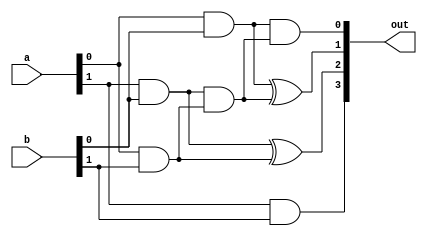
//feito por Murilo Xavier e Gustavo Zanella;

module mult2Bit(
	input [0:1] a, b,
	output [0:3] out
);

assign out[0] = a[0] & b[0];
assign out[1] = (a[0] & b[1]) ^ (a[1] & b[0]);
assign out[2] = (a[1] & b[1]) ^ ((a[0] & b[1]) & (a[1] & b[0]));
assign out[3] = (a[1] & b[1]) & ((a[0] & b[1]) & (a[1] & b[0]));

endmodule

module teste;

reg [0:1] a, b;
wire [0:3] out;

mult2Bit m(a, b, out);

initial begin
	$monitor("a = %b%b * b = %b%b \nResultado = %b%b%b%b", a[1], a[0], b[1], b[0], out[3] ,out[2], out[1] , out[0]);

	a[1] = 1;	//[1] = bit mais significativo, [0] = bit menos significativo
	a[0] = 0;
	b[1] = 1;
	b[0] = 1;

	#2

	$finish;

end

endmodule